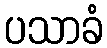
ပသာခံ